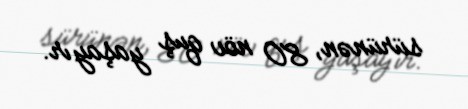
sürünən, 80 növ quş yaşayır.